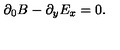
\partial _ { 0 } B - \partial _ { y } E _ { x } = 0 .